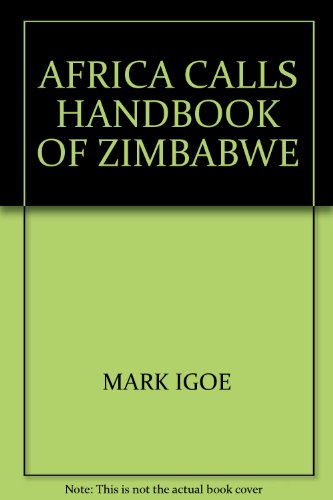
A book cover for Africa Calls handbook of Zimbabwe; Mark Igoe; Travel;